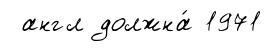
англ должна́ 1971